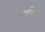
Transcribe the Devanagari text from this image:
वर्जबर्ग